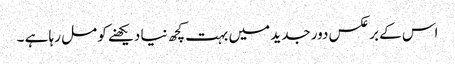
اس کے برعکس دور جدید میں بہت کچھ نیا دیکھنے کو مل رہا ہے ۔